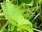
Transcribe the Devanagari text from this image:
हिनो